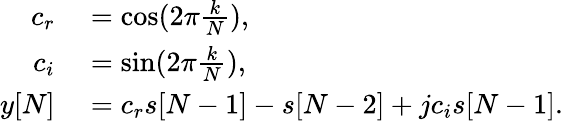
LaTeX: \begin{array}{rl}{c_{r}}&{{}=\cos(2\pi{\frac{k}{N}}),}\\ {c_{i}}&{{}=\sin(2\pi{\frac{k}{N}}),}\\ {y[N]}&{{}=c_{r}s[N-1]-s[N-2]+jc_{i}s[N-1].}\end{array}